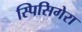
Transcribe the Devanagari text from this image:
स्पिसिगेरा